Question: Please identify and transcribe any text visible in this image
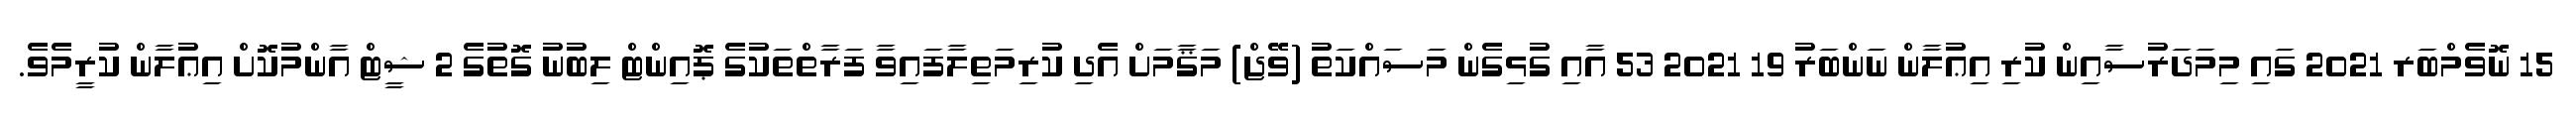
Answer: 15 ނޮވެމްބަރ 2021 ގައި މިމަދަރުސާއިން ކުރި އިޢުލާން ނަންބަރު 19 2021 53 އާއި ގުޅިގެން މަސައްކަތު (ވޭޖް) މަޤާމަށް އެދި ކުރިމަތިލާފައިވާ ފަރާތްތަކުގެ ޕޮއިންޓް ލިބުނު ގޮތުގެ 2 ޝީޓް އާންމުކޮށް އިޢުލާން ކުރީމެވެ.